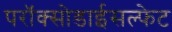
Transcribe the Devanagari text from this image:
परॉक्सोडाईसल्फेट